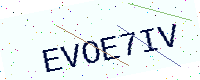
Text: EVOE7IV